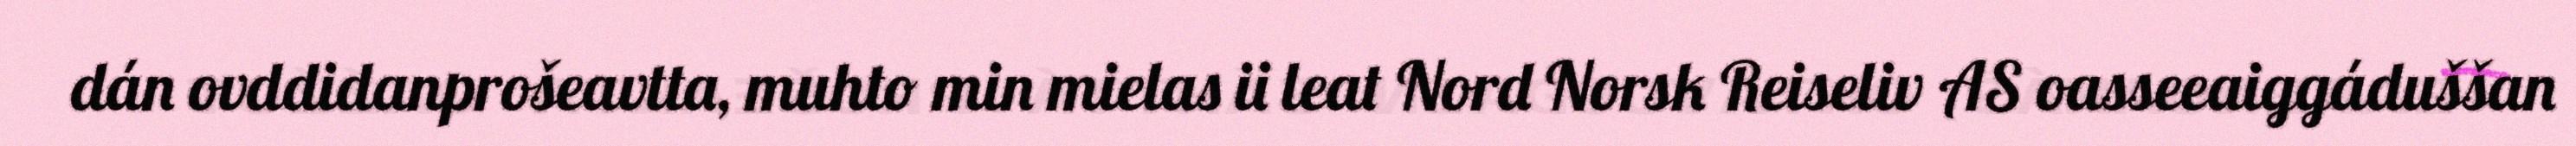
dán ovddidanprošeavtta, muhto min mielas ii leat Nord Norsk Reiseliv AS oasseeaiggáduššan